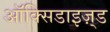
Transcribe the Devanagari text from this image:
ऑक्सिडाइज़्ड